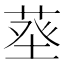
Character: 𦱬